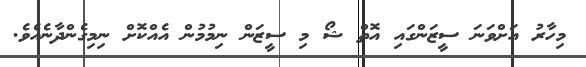
މިހާރު އަށްވަނަ ސީޒަންގައި އޮތް ޝޯ މި ސީޒަން ނިމުމުން އެއްކޮށް ނިމިގެންދާނެއެވެ.